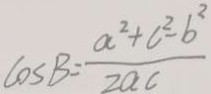
\cos B = \frac { a ^ { 2 } + c ^ { 2 } - b ^ { 2 } } { 2 a c }